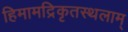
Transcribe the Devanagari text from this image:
हिमामद्रिकृतस्थलाम्